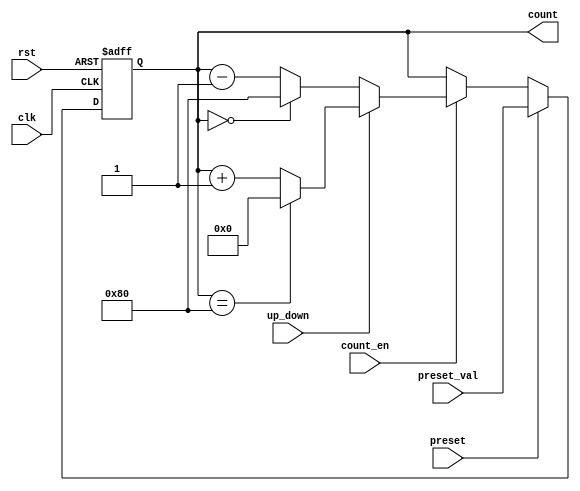
module presettable_counter #(
    parameter N = 8 // Width of the counter
)(
    input wire clk,               // Clock signal
    input wire rst,               // Reset signal (active high)
    input wire preset,            // Preset signal (active high)
    input wire [N-1:0] preset_val,// Value to load into the counter
    input wire count_en,          // Count enable signal (active high)
    input wire up_down,           // Up/Down control signal (1 for up, 0 for down)
    output reg [N-1:0] count      // Current counter value
);

    // Counter behavior on clock edge
    always @(posedge clk or posedge rst) begin
        if (rst) begin
            // Reset the counter to zero
            count <= 0;
        end else if (preset) begin
            // Load the preset value into the counter
            count <= preset_val;
        end else if (count_en) begin
            // Count up or down based on the up_down control signal
            if (up_down) begin
                // Count up
                if (count == {1'b1, {N-1{1'b0}}}) begin
                    // Wrap around to zero if max value is reached
                    count <= 0;
                end else begin
                    count <= count + 1;
                end
            end else begin
                // Count down
                if (count == 0) begin
                    // Wrap around to max value if counting down from zero
                    count <= {1'b1, {N-1{1'b0}}};
                end else begin
                    count <= count - 1;
                end
            end
        end
    end
endmodule